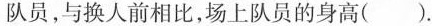
队员，与换人前相比，场上队员的身高( ).